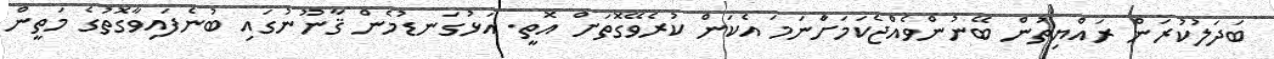
ބަދަލުކުރަން ރައްޔިތުން ބޭނުންވެއްޖެކަމަށްާނަމަ އެކަން ކުރެވޭގޮތަށް އޮތީ. އަޅުގަނޑުމެން ޤާނޫނުގައި ބުނެފައިވާގޮތުގެ މަތީން